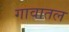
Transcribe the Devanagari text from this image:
गावातल